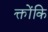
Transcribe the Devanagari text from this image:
क्तोंकि